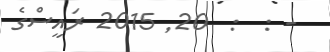
- :  :  20